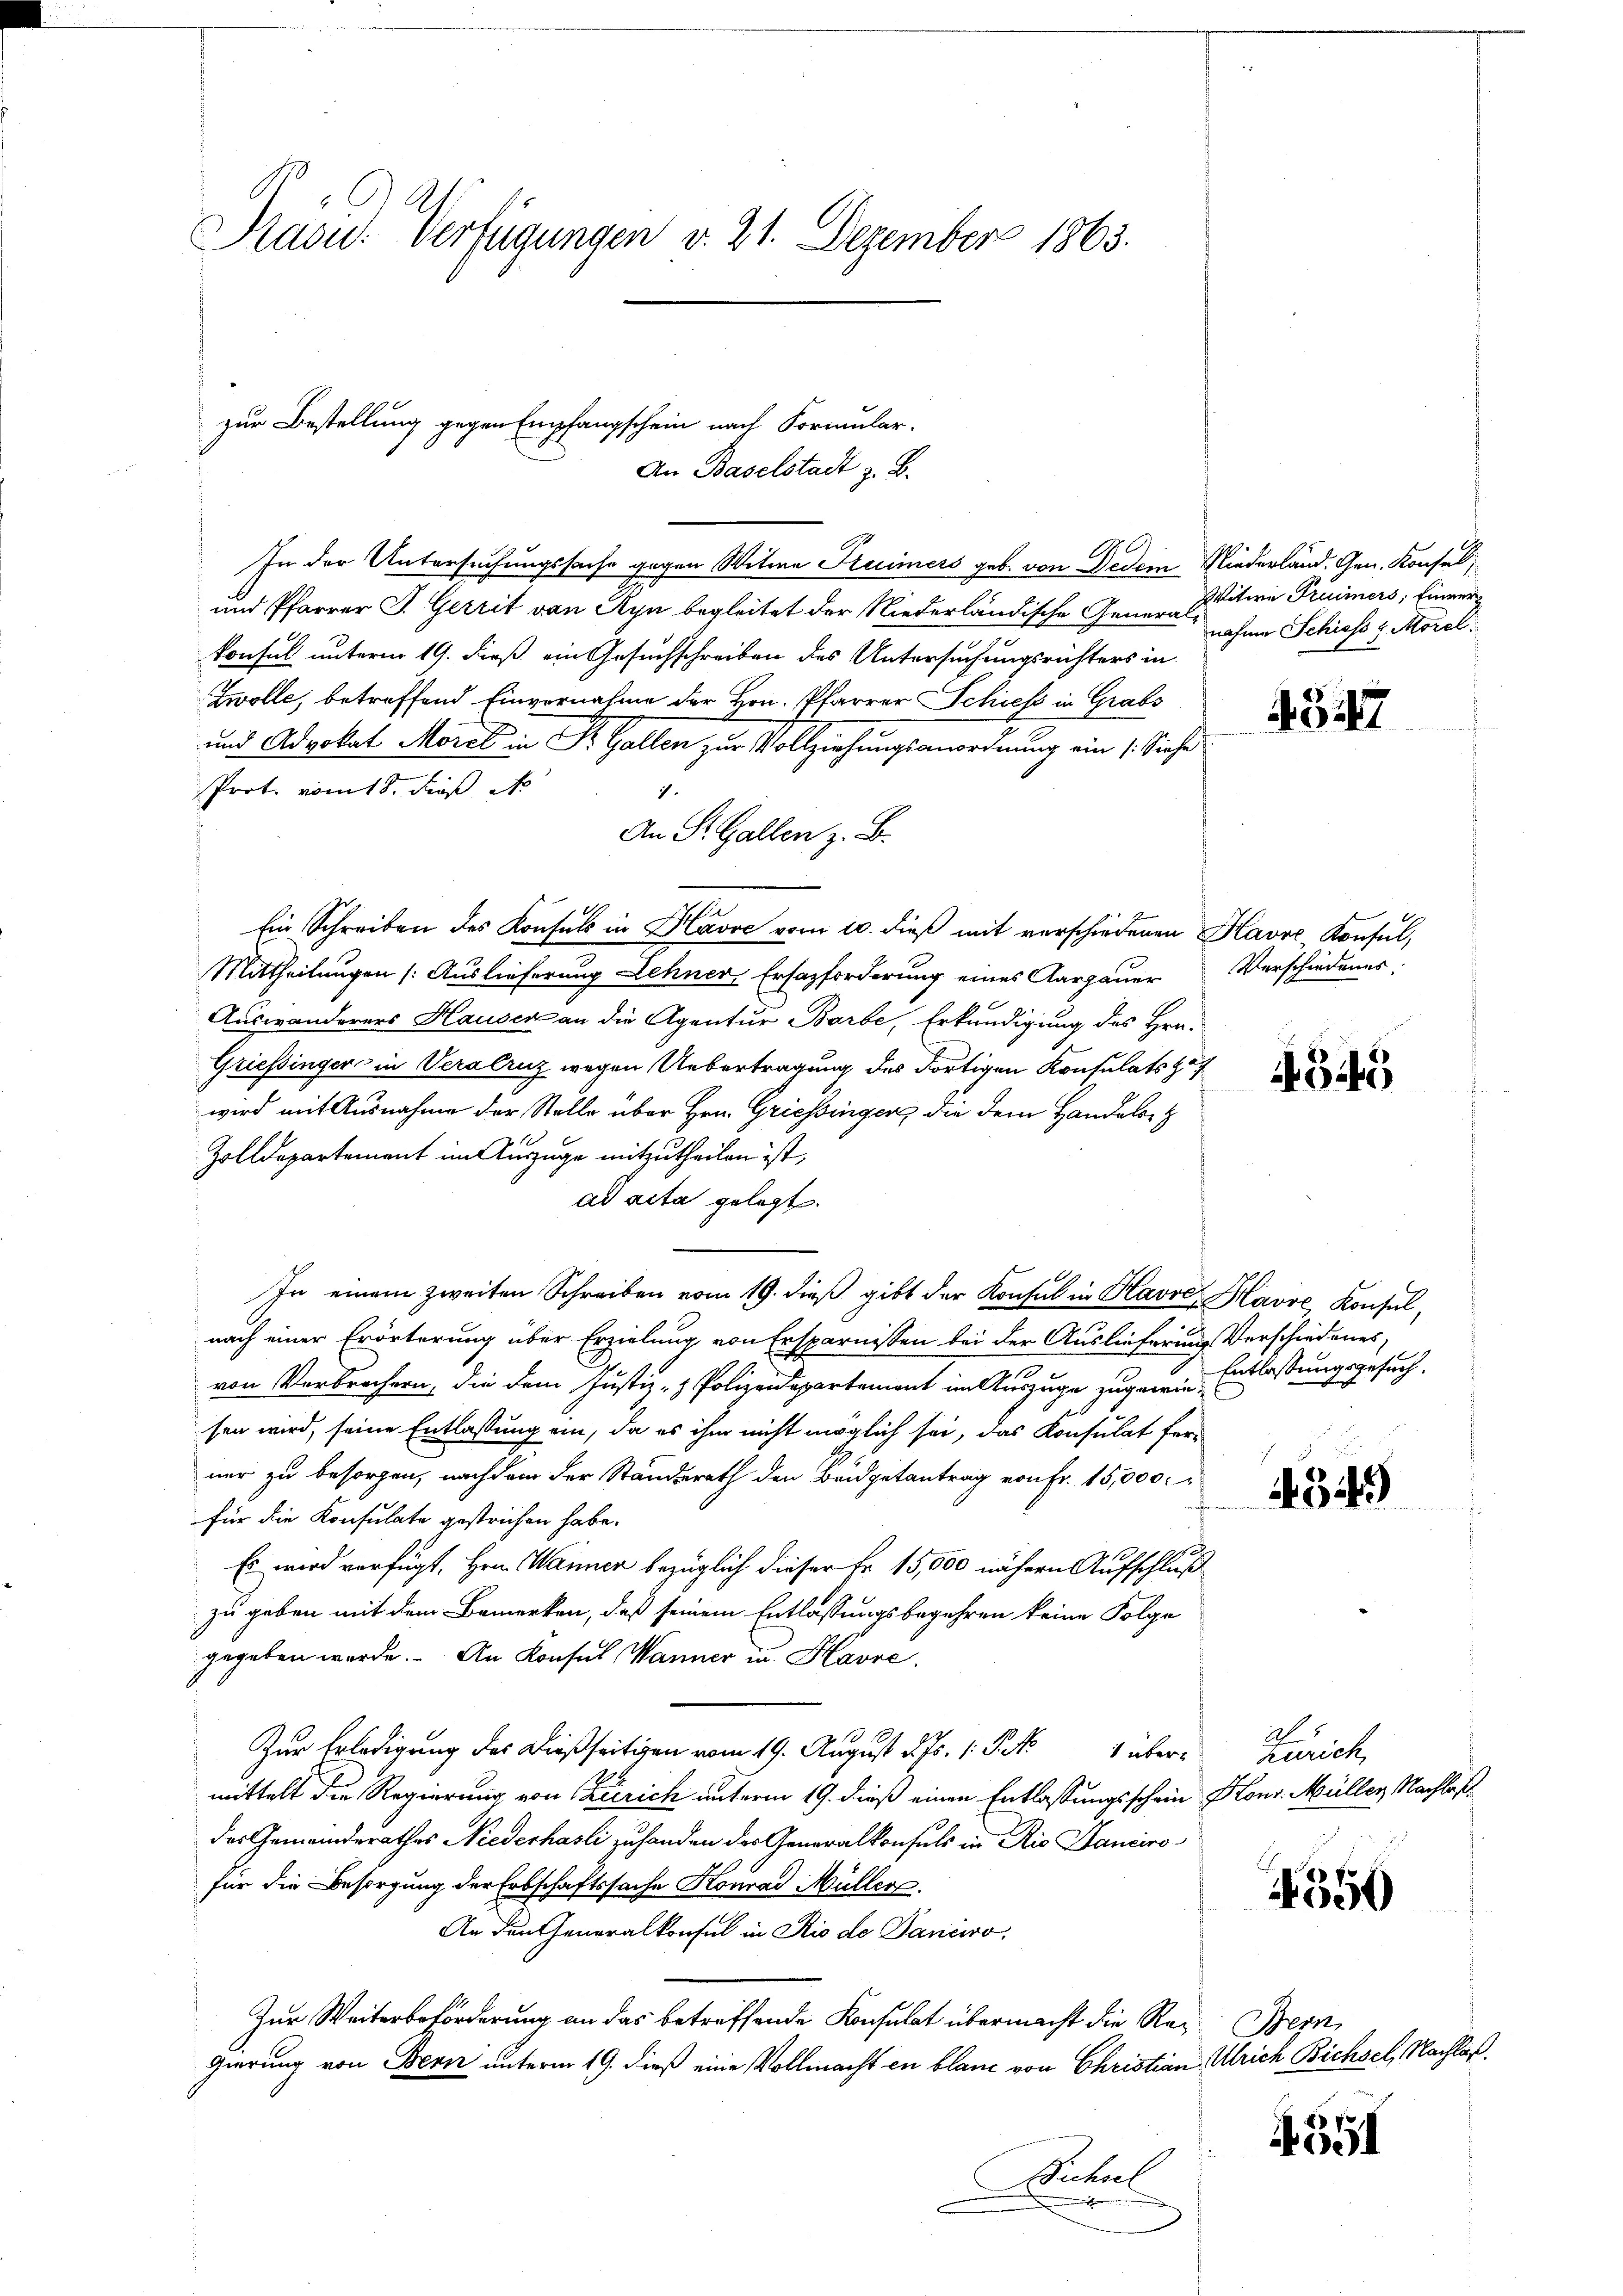
Präsid. Verfügungen v. 21. Dezember 1863.

An Baselstadt z. B.
In der Untersuchungssache gegen Witwe Kuimers geb. von Dedem
und Pfarrer J. Gerrit von Ayn begleitet der Niederländische Generalkonsul unterm 19. dieß ein Gesuchschreiben des Untersuchungsrichters in
Zwolle, betreffend Einvernahme der Hrn. Pfarrer Schiess in Grabs
und Advokat Morel in Dr. Gallen zur Vollziehungsanordnung ein /: Siehe
Prot. vom 18. dieß d
is.
An St. Gallen z. B.
Ein Schreiben des Konsuls in Havre vom 10. dieß mit verschiedenen
Mittheilungen (Auslieferung Lehner Ersazforderung eines Aargauer
Auswanderers Hauser an die Agentur Barbe, Erkundigung des Hrn.
Griessinger in Veralruz wegen Uebertragung des dortigen Konsulats zuwird mit Ausnahme der Stelle über Hrn. Griessingers die dem Handelsst
Zolldepartement im Auszuge mitzutheilen ist,
ad acta gelegt.
In einem zweiten Schreiben vom 19. dieß gibt der Konsul in Havre Havre Konsulnach einer Erörterung über Erzielung von Ersparnissen bei der Auslieferung Verschiedenes,
von Verbrechern, die dem Justiz- & Polizeidepartement im Auszuge zugewie-
sen wird, seine Entlassung ein, da es ihm nicht möglich sei, das Konsulat ferner zu besorgen, nachdem der Standerath den Budgetantrag von Fr. 15,000.
für die Konsulate gestrichen habe.
Es wird verfügt, Hrn. Warner bezüglich dieser Fr. 15,000 nähern Aufschluß
zu geben mit dem Bemerken, daß seinem Entlassungsbegehren keine Folge
gegeben werde. An Konsul Wanner in Havre
Zur Erledigung des dießseitigen vom 19. August d. Js. 1 Pkt. 1 übermittelt die Regierung von Zürich unterm 19. dieß einen Entlassungsschein
des Gemeinderathes Niederhasli zuhanden des Generalkonsuls in Rio Hancirofür die Besorgung der Erbschaftssache Konrad Müller.
An den Generalkonsul in Rio de Janeiro
Zur Weiterbeförderung an das betreffende Konsulat übermacht die Regierung von Bern unterm 19. dieß eine Vollmacht en blanc von Christian
Büchsel

zur Bestellung gegen Empfangschein nach Formular-

Niederland. Gen. Konsel
Witwe Freimers, Einvernahme Schiess z. Morel

4347

Haver Konsul,
Verschiedenes.

4545

Entlassungsgesuch.

341)

Zürich,
Hons. Müller Nachlas

4350

Bern,
Ulrich Bichsel, Nachlaß.

4551